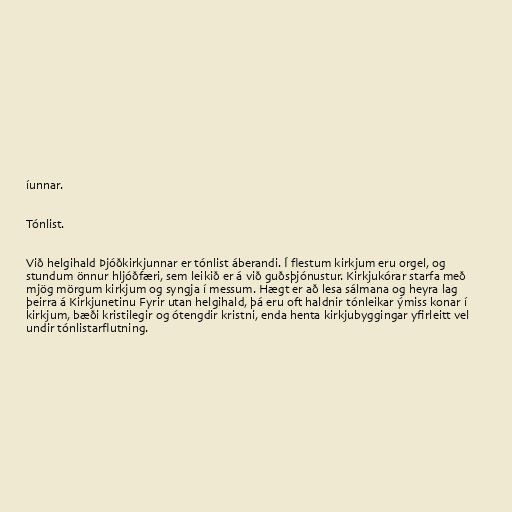
íunnar.

Tónlist.

Við helgihald Þjóðkirkjunnar er tónlist áberandi. Í flestum kirkjum eru orgel, og
stundum önnur hljóðfæri, sem leikið er á við guðsþjónustur. Kirkjukórar starfa með
mjög mörgum kirkjum og syngja í messum. Hægt er að lesa sálmana og heyra lag
þeirra á Kirkjunetinu Fyrir utan helgihald, þá eru oft haldnir tónleikar ýmiss konar í
kirkjum, bæði kristilegir og ótengdir kristni, enda henta kirkjubyggingar yfirleitt vel
undir tónlistarflutning.